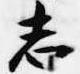
志